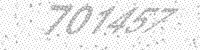
Solution: 701457